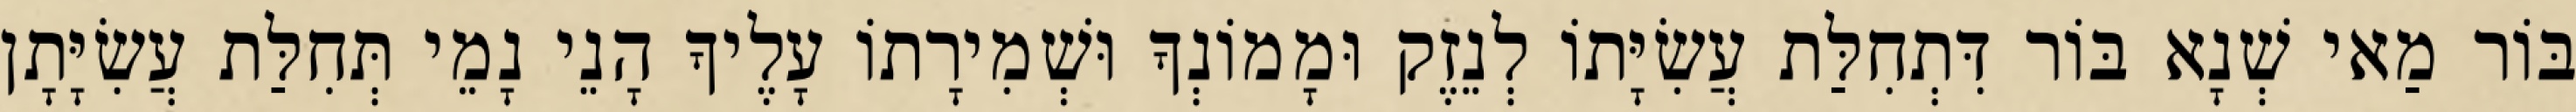
בּוֹר מַאי שְׁנָא בּוֹר דִּתְחִלַּת עֲשִׂיָּתוֹ לְנֵזֶק וּמָמוֹנְךָ וּשְׁמִירָתוֹ עָלֶיךָ הָנֵי נָמֵי תְּחִלַּת עֲשִׂיָּתָן